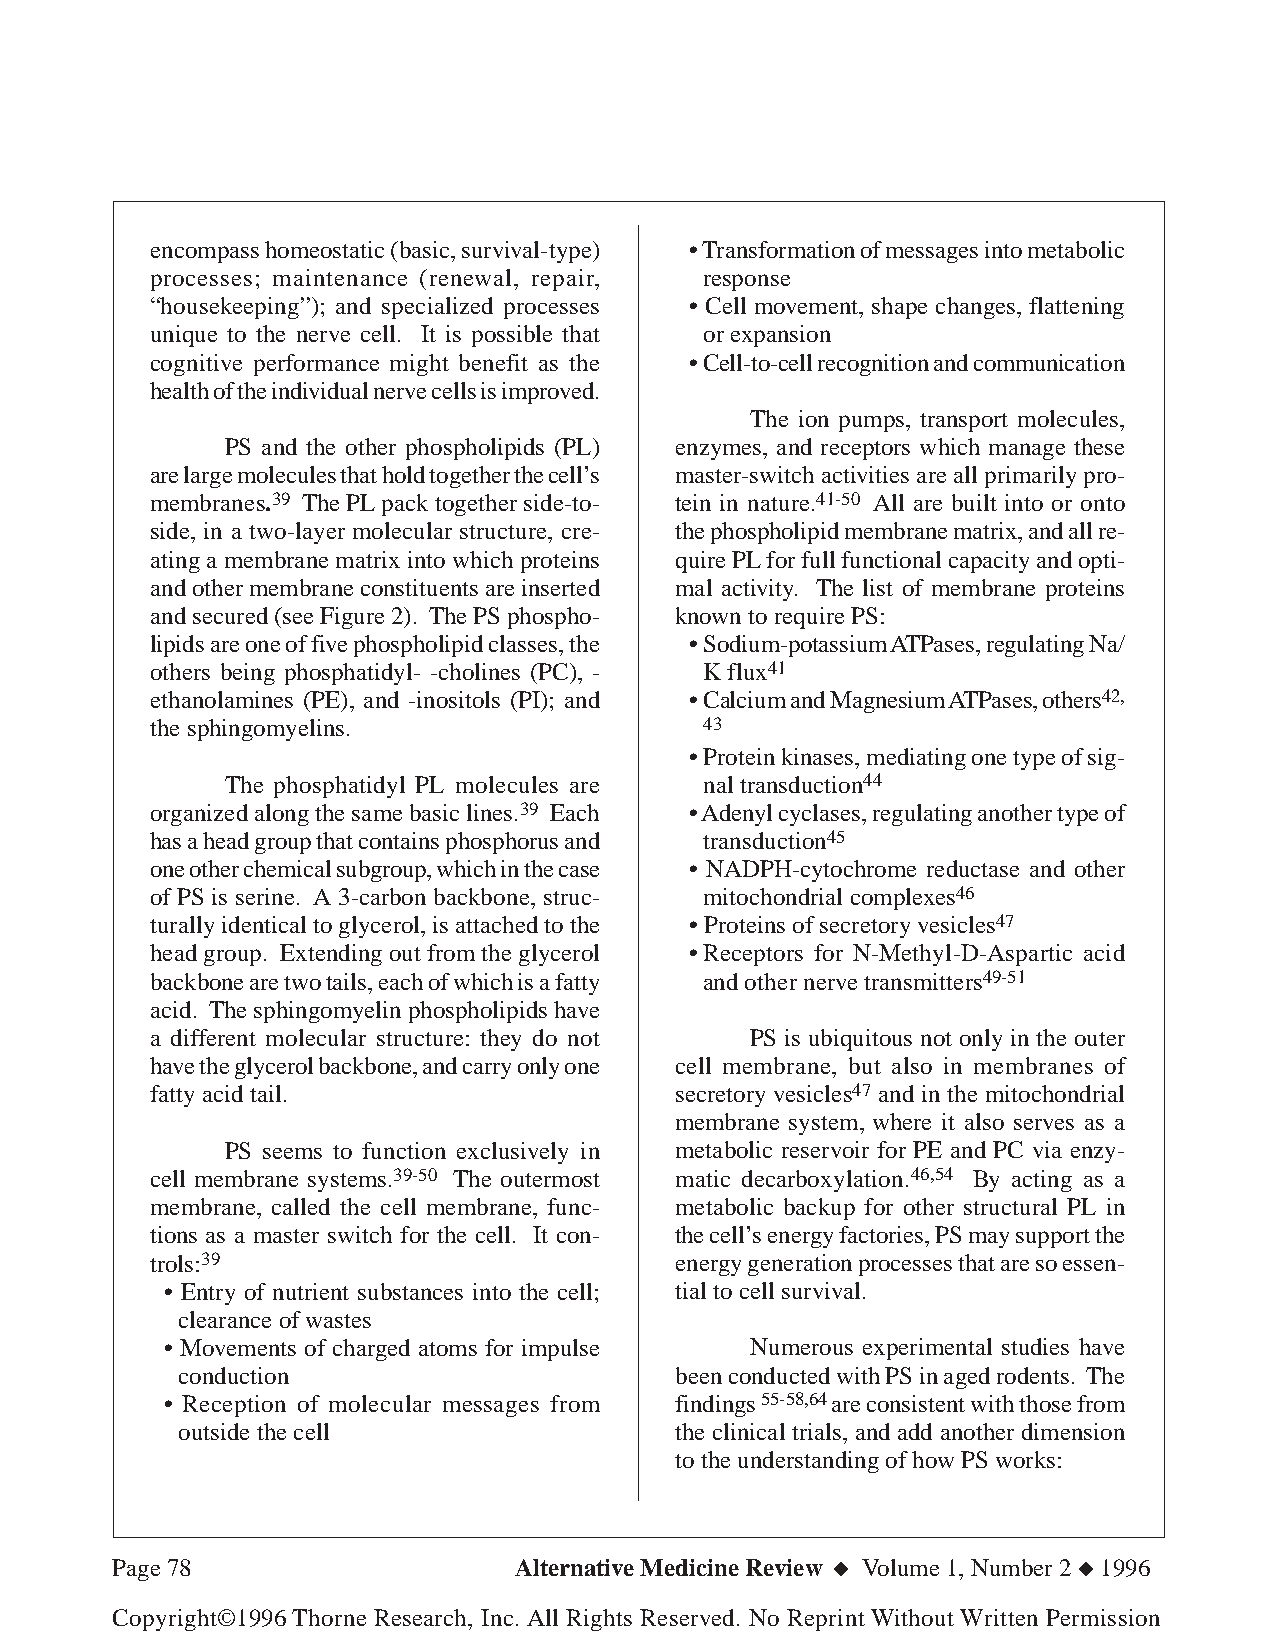
encompass homeostatic (basic, survival-type) • Transformation of messages into metabolic
 processes; maintenance (renewal, repair, response
 “housekeeping”); and specialized processes • Cell movement, shape changes, flattening
 unique to the nerve cell. It is possible that or expansion
 cognitive performance might benefit as the •Cell-to-cell recognition and communication
 health of the individual nerve cells is improved.
 The ion pumps, transport molecules,
 PS and the other phospholipids (PL) enzymes, and receptors which manage these
 are large molecules that hold together the cell’s master-switch activities are all primarily pro-
 membranes.39 The PL pack together side-to- tein in nature.41-50 All are built into or onto
 side, in a two-layer molecular structure, cre- the phospholipid membrane matrix, and all re-
 ating a membrane matrix into which proteins quire PL for full functional capacity and opti-
 and other membrane constituents are inserted mal activity. The list of membrane proteins
 and secured (see Figure 2). The PS phospho- known to require PS:
 lipids are one of five phospholipid classes, the •Sodium-potassium ATPases, regulating Na/
 others being phosphatidyl- -cholines (PC), - K flux41
 ethanolamines (PE), and -inositols (PI); and •Calcium and Magnesium ATPases, others42,
 the sphingomyelins.                  43
 • Protein kinases, mediating one type of sig-
 The phosphatidyl PL molecules are nal transduction44
 organized along the same basic lines.39 Each • Adenyl cyclases, regulating another type of
 has a head group that contains phosphorus and transduction45
 one other chemical subgroup, which in the case • NADPH-cytochrome reductase and other
 of PS is serine. A 3-carbon backbone, struc- mitochondrial complexes46
 turally identical to glycerol, is attached to the • Proteins of secretory vesicles47
 head group. Extending out from the glycerol •Receptors for N-Methyl-D-Aspartic acid
 backbone are two tails, each of which is a fatty and other nerve transmitters49-51
 acid. The sphingomyelin phospholipids have
 a different molecular structure: they do not PS is ubiquitous not only in the outer
 have the glycerol backbone, and carry only one cell membrane, but also in membranes of
 fatty acid tail.                   secretory vesicles47 and in the mitochondrial
 membrane system, where it also serves as a
 PS seems to function exclusively in metabolic reservoir for PE and PC via enzy-
 cell membrane systems.39-50 The outermost matic decarboxylation.46,54 By acting as a
 membrane, called the cell membrane, func- metabolic backup for other structural PL in
 tions as a master switch for the cell. It con- the cell’s energy factories, PS may support the
 trols:39                           energy generation processes that are so essen-
 • Entry of nutrient substances into the cell; tial to cell survival.
 clearance of wastes
 • Movements of charged atoms for impulse Numerous experimental studies have
 conduction                       been conducted with PS in aged rodents. The
 • Reception of molecular messages from findings 55-58,64 are consistent with those from
 outside the cell                 the clinical trials, and add another dimension
 to the understanding of how PS works:
 Page 78                    Alternative Medicine Review ◆ Volume 1, Number 2 ◆ 1996
 Copyright©1996 Thorne Research, Inc. All Rights Reserved. No Reprint Without Written Permission